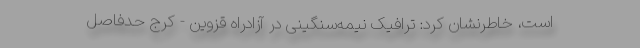
است، خاطرنشان کرد: ترافیک نیمه‌سنگینی در آزادراه قزوین - کرج حدفاصل